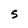
Character: S